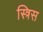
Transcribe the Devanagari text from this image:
स्त्रिस